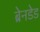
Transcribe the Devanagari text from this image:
ब्रेनडेड